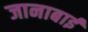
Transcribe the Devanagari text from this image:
जानाबाई